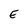
Character: E